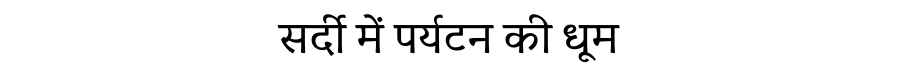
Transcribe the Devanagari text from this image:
सर्दी में पर्यटन की धूम